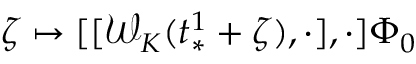
\zeta \mapsto [ [ \mathcal { W } _ { K } ( t _ { * } ^ { 1 } + \zeta ) , \cdot ] , \cdot ] \Phi _ { 0 }